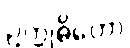
ဥက္ကုဓိတော